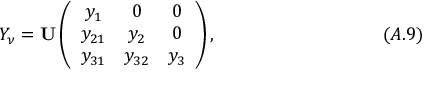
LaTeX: Y _ { \nu } = { \bf U } \left( \begin{array} { c c c } { { y _ { 1 } } } & { { 0 } } & { { 0 } } \\ { { y _ { 2 1 } } } & { { y _ { 2 } } } & { { 0 } } \\ { { y _ { 3 1 } } } & { { y _ { 3 2 } } } & { { y _ { 3 } } } \end{array} \right) , \eqno ( A . 9 )